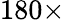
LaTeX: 180\times